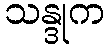
သန္ဒုက